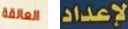
العالقة لإعداد